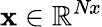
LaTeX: \mathbf{x}\in\mathbb{R}^{\textit{Nx}}